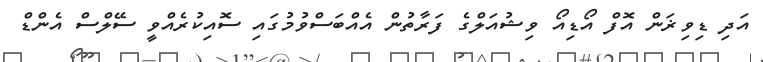
އަދި ޑިވިޜަން އޮފް އޯޑިއޯ ވިޝުއަލްގެ ފަރާތުން އެއްބަސްވުމުގައި ސޮއިކުރެއްވީ ސޭލްސް އެންޑް